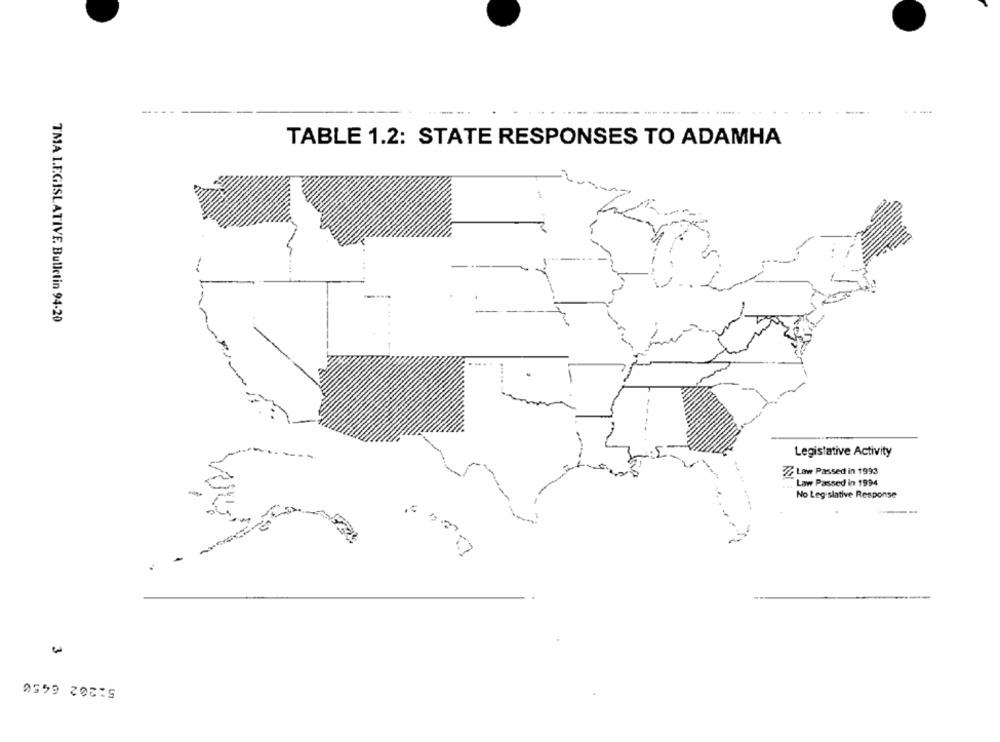
-----
TABLE 1.2: STATE RESPONSES TO ADAMHA
TMA LEGISLATIVE. Bulletin 94-20
Legislative Activity
7Law Passed in 1993
Law Passed in 1994
No Legislative Response